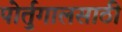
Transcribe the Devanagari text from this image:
पोर्तुगालसाठी